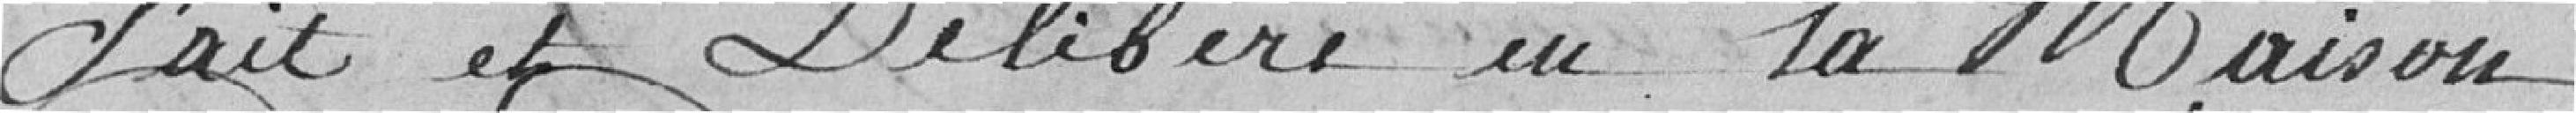
Fait et Délibéré en la Maison